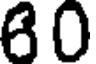
80